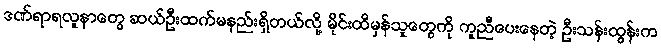
ဒဏ်ရာရလူနာတွေ ဆယ်ဦးထက်မနည်းရှိတယ်လို့ မိုင်းထိမှန်သူတွေကို ကူညီပေးနေတဲ့ ဦးသန်းထွန်းက